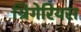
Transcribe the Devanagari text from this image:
ग्रिगेरियस